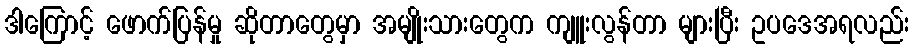
ဒါကြောင့် ဖောက်ပြန်မှု ဆိုတာတွေမှာ အမျိုးသားတွေက ကျူးလွန်တာ များပြီး ဥပဒေအရလည်း